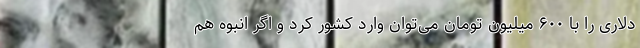
دلاری را با ۶۰۰ میلیون تومان می‌توان وارد کشور کرد و اگر انبوه هم